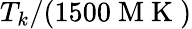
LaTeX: T_{k}/(1500{\mathrm{~M~K~}})